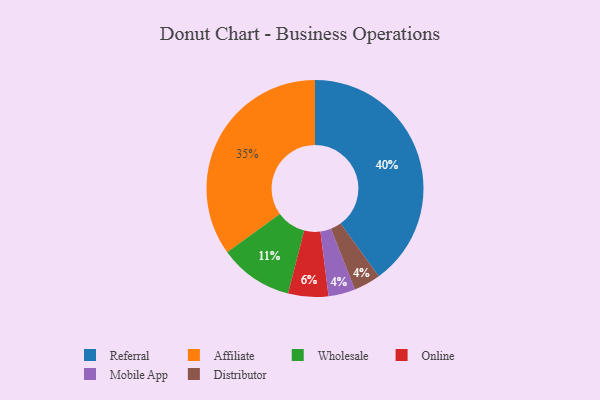
{"axis": {"x": "Category", "y": "Percentage"}, "legend": ["Affiliate", "Distributor", "Mobile App", "Online", "Referral", "Wholesale"], "data": [{"x": "Wholesale", "y": 11, "type": "Wholesale"}, {"x": "Referral", "y": 40, "type": "Referral"}, {"x": "Mobile App", "y": 4, "type": "Mobile App"}, {"x": "Online", "y": 6, "type": "Online"}, {"x": "Affiliate", "y": 35, "type": "Affiliate"}, {"x": "Distributor", "y": 4, "type": "Distributor"}]}